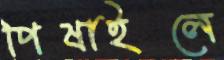
পিষাইলে